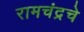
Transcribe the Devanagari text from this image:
रामचंद्रचे